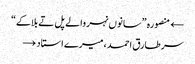
← منصورہ ”سانوں نہر والے پل تے بلاکے“
سر طارق احمد، میرے استاد →